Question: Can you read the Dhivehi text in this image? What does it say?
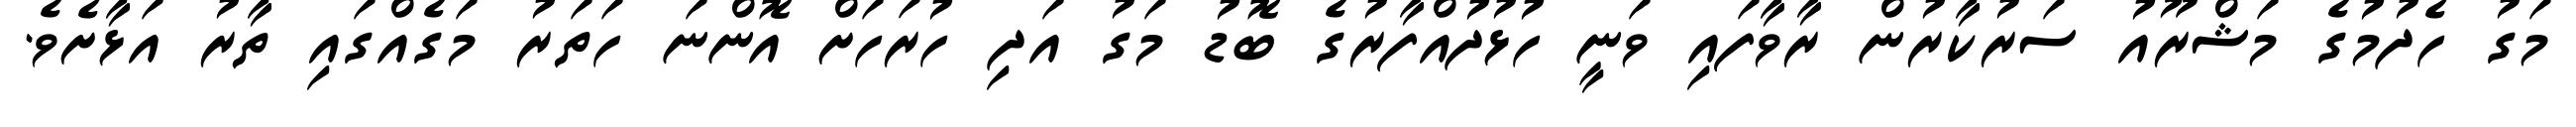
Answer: މަގު ހެދުމުގެ މަޝްރޫއު ސަރުކާރުން ރާވާފައި ވަނީ ހުޅުދުއްފާރުގެ ބޮޑު މަގު އަދި ހުރަހަށް އޮންނަ ހަތަރު މަގެއްގައި ތާރު އަޅާށެވެ.